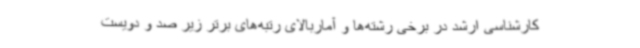
کارشناسی ارشد در برخی رشته‌ها و آماربالای رتبه‌های برتر زیر صد و دویست